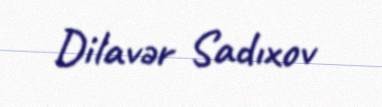
Dilavər Sadıxov